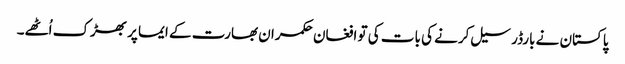
پاکستان نے بارڈر سیل کرنے کی بات کی تو افغان حکمران بھارت کے ایما پر بھڑک اُٹھے۔